38_143685_box7_Incident_Summaries_1-100
Agency: Department of War
Page 133
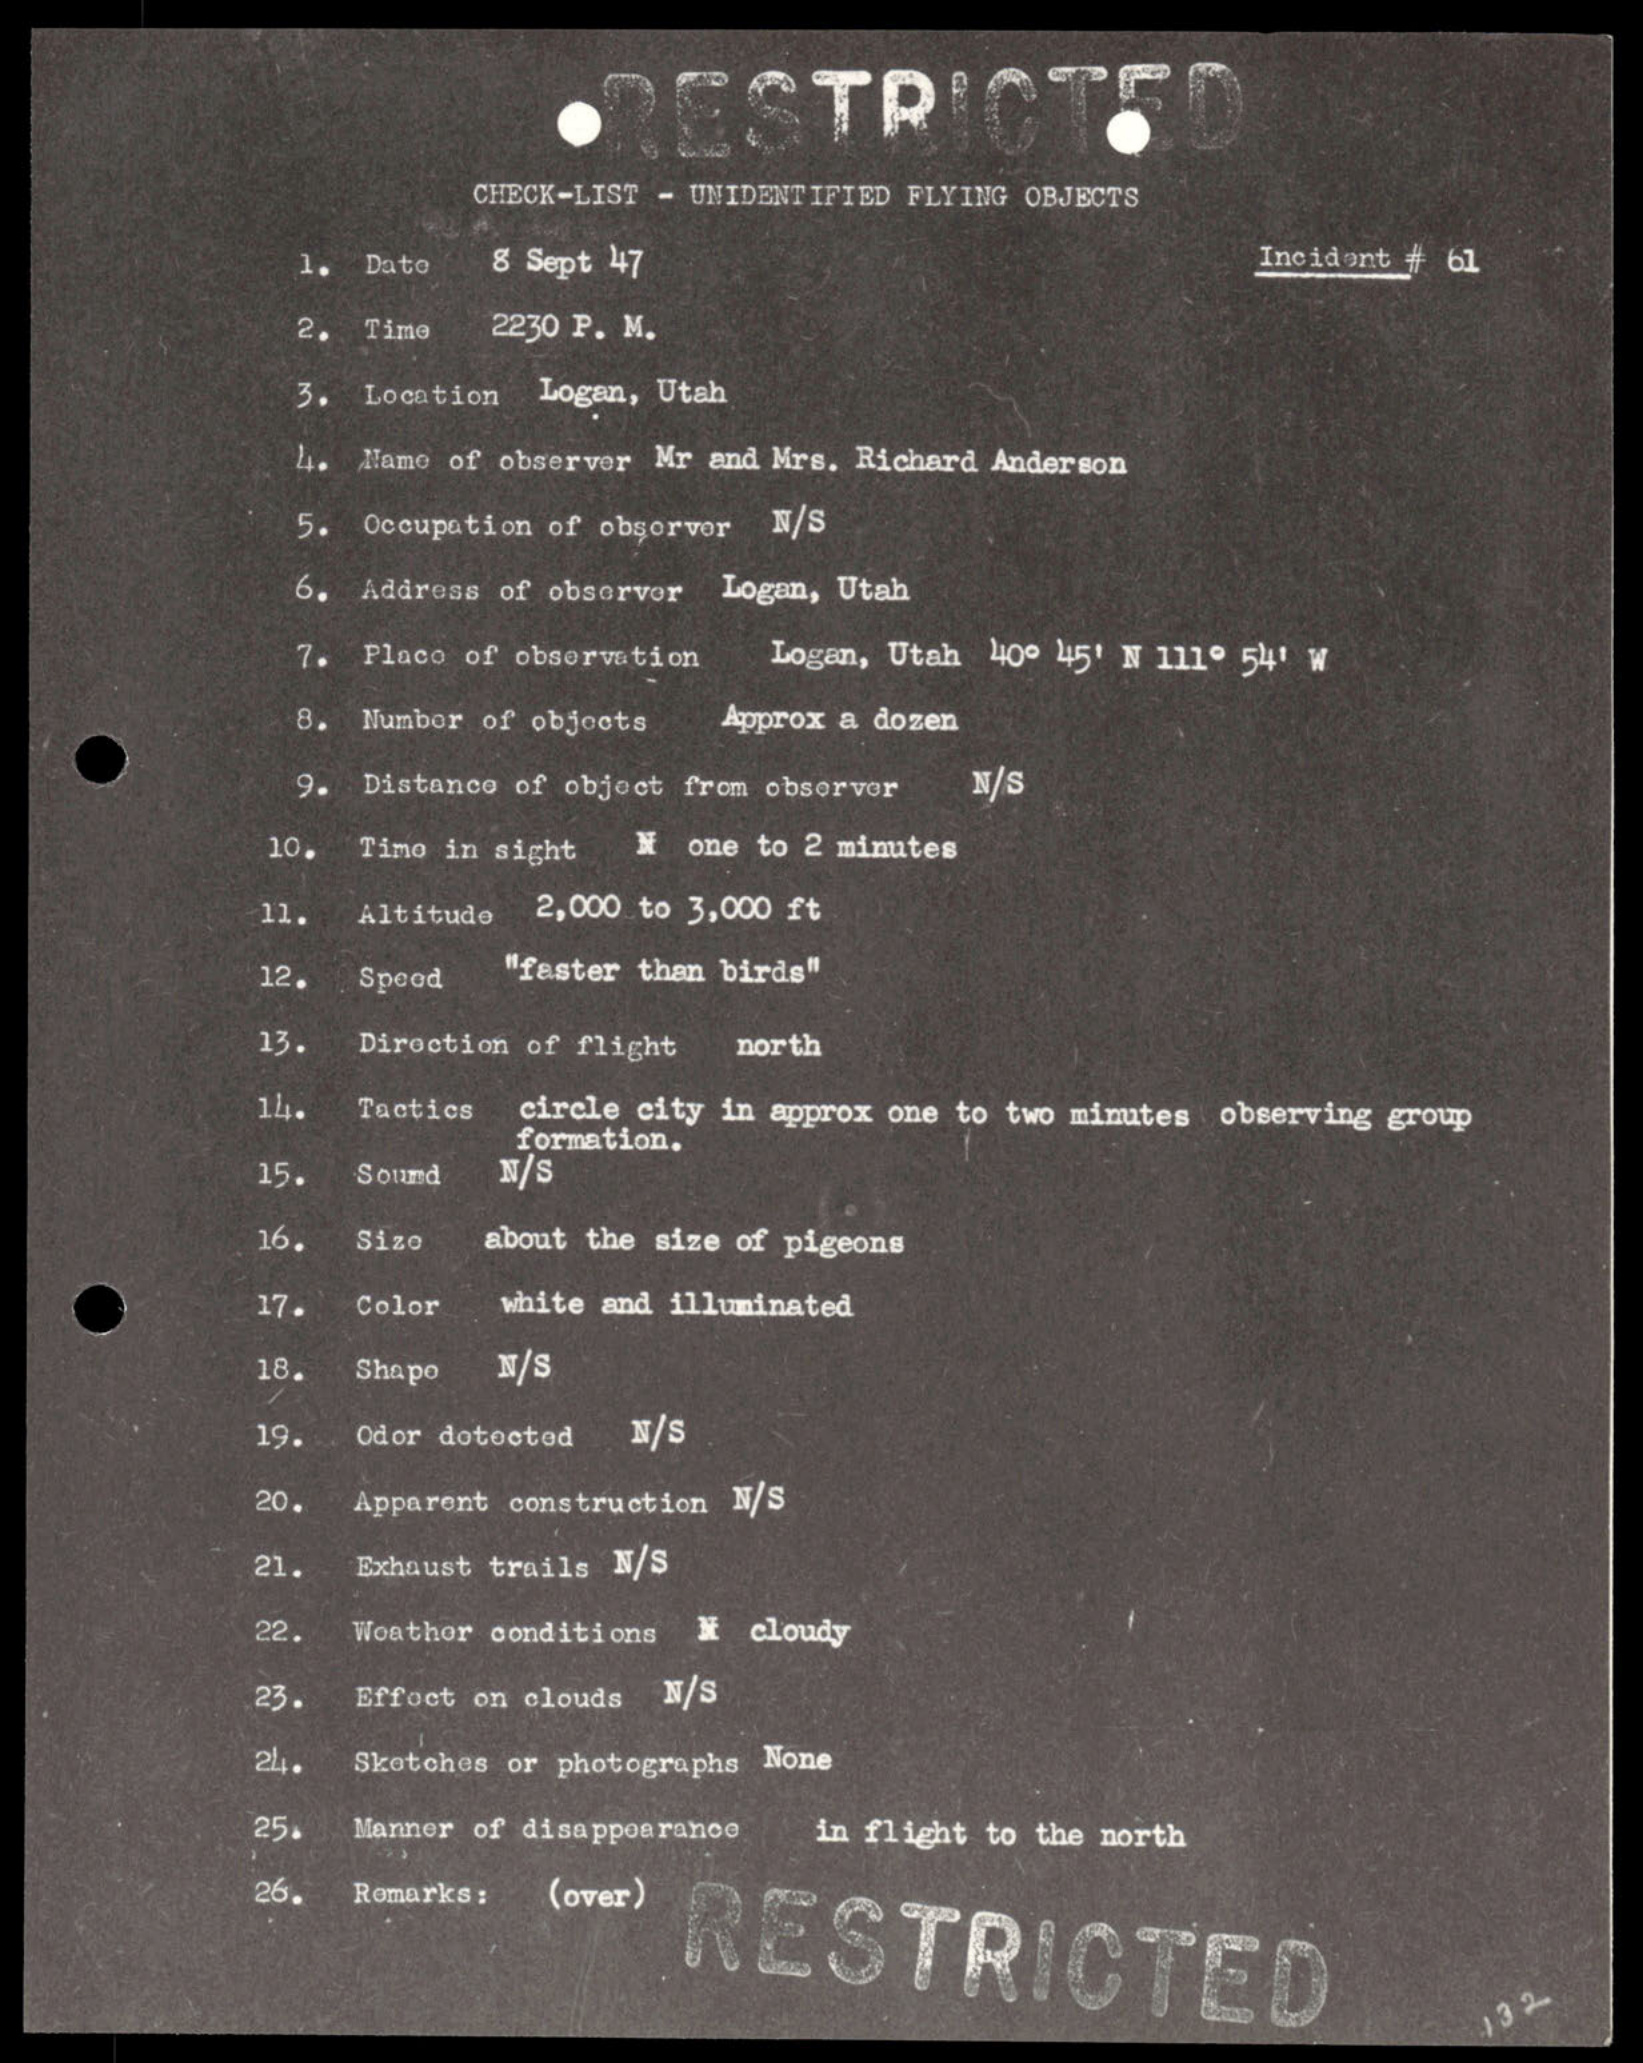